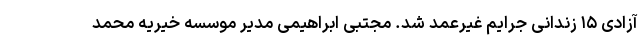
آزادی ۱۵ زندانی جرایم غیرعمد شد. مجتبی ابراهیمی مدیر موسسه خیریه محمد